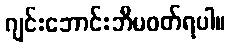
ဂျင်းဘောင်းဘီမဝတ်ရပါ။